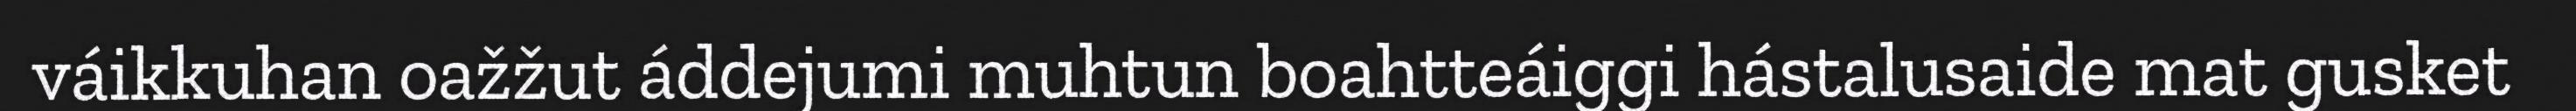
váikkuhan oažžut áddejumi muhtun boahtteáiggi hástalusaide mat gusket